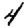
Digit: 4